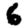
Digit: 6